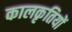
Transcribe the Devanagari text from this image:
कालकृतियों